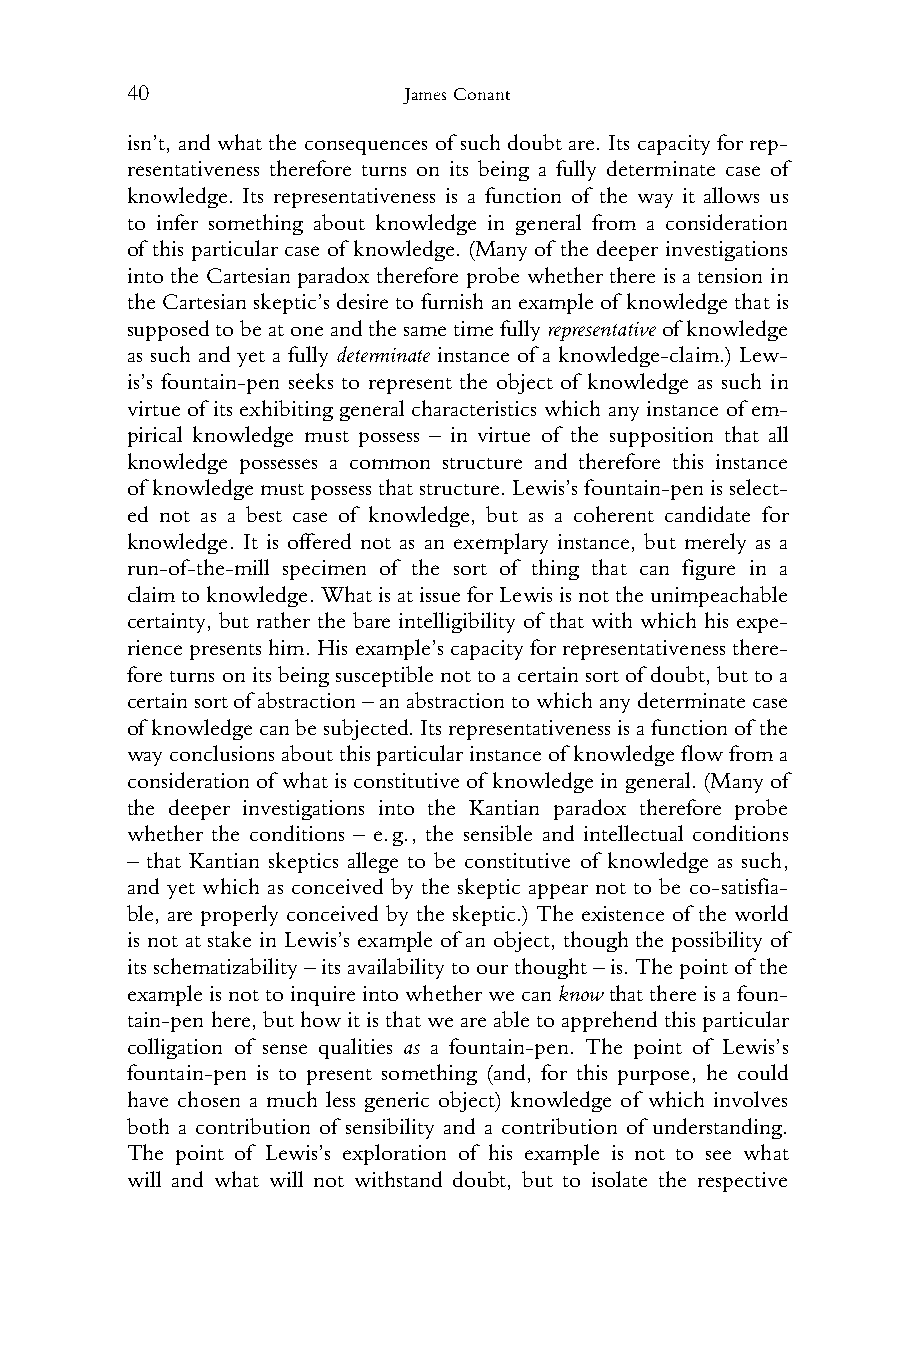
40                 James Conant
 1 isn’t, and what the consequences of such doubt are. Its capacity for rep-
 2 resentativeness therefore turns on its being a fully determinate case of
 3 knowledge. Its representativeness is a function of the way it allows us
 4 to infer something about knowledge in general from a consideration
 5 of this particular case of knowledge. (Many of the deeper investigations
 6 into theCartesian paradox therefore probe whetherthere is a tension in
 7 theCartesianskeptic’sdesiretofurnishanexampleof knowledgethatis
 8 supposedtobeatoneandthesametimefullyrepresentativeof knowledge
 9 as such and yet a fully determinate instance of a knowledge-claim.) Lew-
 10 is’s fountain-pen seeks to represent the object of knowledge as such in
 11 virtueof itsexhibiting general characteristics which anyinstance of em-
 12 pirical knowledge must possess – in virtue of the supposition that all
 13 knowledge possesses a common structure and therefore this instance
 14 of knowledgemustpossessthatstructure.Lewis’sfountain-penisselect-
 15 ed not as a best case of knowledge, but as a coherent candidate for
 16 knowledge. It is offered not as an exemplary instance, but merely as a
 17 run-of-the-mill specimen of the sort of thing that can figure in a
 18 claimtoknowledge.WhatisatissueforLewisisnottheunimpeachable
 19 certainty, but rather the bare intelligibility of that with which his expe-
 20 riencepresentshim.Hisexample’scapacityforrepresentativenessthere-
 21 fore turnsonitsbeing susceptiblenottoacertain sortof doubt,buttoa
 22 certainsortofabstraction–anabstractiontowhichanydeterminatecase
 23 of knowledgecanbesubjected.Itsrepresentativenessisafunctionof the
 24 wayconclusionsaboutthisparticularinstanceof knowledgeflowfroma
 25 consideration of what is constitutive of knowledge in general. (Many of
 26 the deeper investigations into the Kantian paradox therefore probe
 27 whether the conditions – e.g., the sensible and intellectual conditions
 28 – that Kantian skeptics allege to be constitutive of knowledge as such,
 29 and yet which as conceived by the skeptic appear not to be co-satisfia-
 30 ble, are properly conceived by the skeptic.) The existence of the world
 31 is not at stake in Lewis’s example of an object, though the possibility of
 32 itsschematizability–itsavailabilitytoourthought–is.Thepointof the
 33 exampleisnottoinquireintowhetherwecanknowthatthereisafoun-
 34 tain-penhere,buthowitisthatweareabletoapprehendthisparticular
 35 colligation of sense qualities as a fountain-pen. The point of Lewis’s
 36 fountain-pen is to present something (and, for this purpose, he could
 37 have chosen a much less generic object) knowledge of which involves
 38 both a contribution of sensibility and a contribution of understanding.
 39 The point of Lewis’s exploration of his example is not to see what
 40 will and what will not withstand doubt, but to isolate the respective